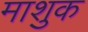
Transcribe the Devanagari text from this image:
माशुक